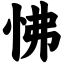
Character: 怫